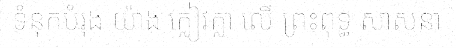
ទំនុកបំរុង យ៉ាង ក្លៀវក្លា លើ ព្រះពុទ្ធ សាសនា